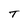
Character: T